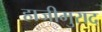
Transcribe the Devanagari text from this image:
हाजीमुराद